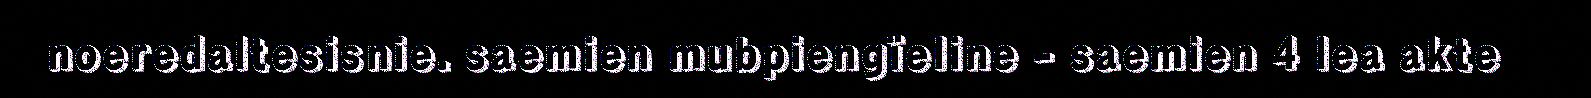
noeredaltesisnie. saemien mubpiengïeline - saemien 4 lea akte